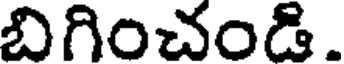
బిగించండి.